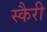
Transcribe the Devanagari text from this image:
स्कैरी